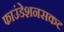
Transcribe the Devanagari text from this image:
फाउंडेशनसकट